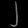
Digit: ၂